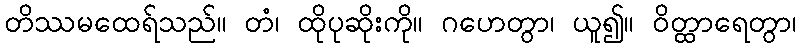
တိဿမထေရ်သည်။ တံ၊ ထိုပုဆိုးကို။ ဂဟေတွာ၊ ယူ၍။ ဝိတ္ထာရေတွာ၊